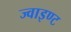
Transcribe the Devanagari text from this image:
ज्वाइण्ट